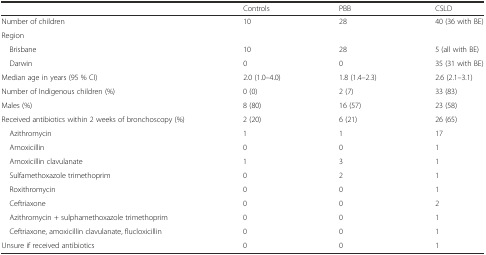
<table><thead><tr><td></td><td><b>Controls</b></td><td><b>PBB</b></td><td><b>CSLD</b></td></tr></thead><tbody><tr><td>Number of children</td><td>10</td><td>28</td><td>40 (36 with BE)</td></tr><tr><td>Region</td><td></td><td></td><td></td></tr><tr><td> Brisbane</td><td>10</td><td>28</td><td>5 (all with BE)</td></tr><tr><td> Darwin</td><td>0</td><td>0</td><td>35 (31 with BE)</td></tr><tr><td>Median age in years (95 % CI)</td><td>2.0 (1.0–4.0)</td><td>1.8 (1.4–2.3)</td><td>2.6 (2.1–3.1)</td></tr><tr><td>Number of Indigenous children (%)</td><td>0 (0)</td><td>2 (7)</td><td>33 (83)</td></tr><tr><td>Males (%)</td><td>8 (80)</td><td>16 (57)</td><td>23 (58)</td></tr><tr><td>Received antibiotics within 2 weeks of bronchoscopy (%)</td><td>2 (20)</td><td>6 (21)</td><td>26 (65)</td></tr><tr><td> Azithromycin</td><td>1</td><td>1</td><td>17</td></tr><tr><td> Amoxicillin</td><td>0</td><td>0</td><td>1</td></tr><tr><td> Amoxicillin clavulanate</td><td>1</td><td>3</td><td>1</td></tr><tr><td> Sulfamethoxazole trimethoprim</td><td>0</td><td>2</td><td>1</td></tr><tr><td> Roxithromycin</td><td>0</td><td>0</td><td>1</td></tr><tr><td> Ceftriaxone</td><td>0</td><td>0</td><td>2</td></tr><tr><td> Azithromycin + sulphamethoxazole trimethoprim</td><td>0</td><td>0</td><td>1</td></tr><tr><td> Ceftriaxone, amoxicillin clavulanate, flucloxicillin</td><td>0</td><td>0</td><td>1</td></tr><tr><td>Unsure if received antibiotics</td><td>0</td><td>0</td><td>1</td></tr></tbody></table>